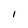
Character: I